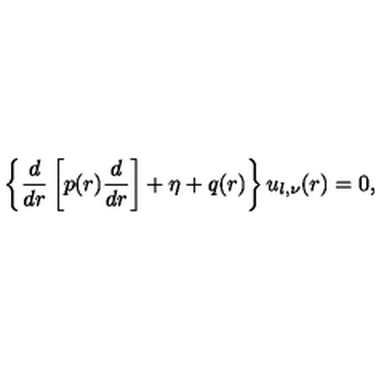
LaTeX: \left\{ \frac { d } { d r } \left[ p ( r ) \frac { d } { d r } \right] + \eta + q ( r ) \right\} u _ { l , \nu } ( r ) = 0 ,